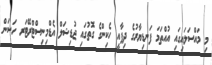
މި މައްސަލައިގައި އުއްތަމަ ފަނޑިޔާރުގެ ދިފާއީ ހެކިންގެ ގޮތުގައި ޖުޑިޝަލް އެޑްމިނިސްޓްރޭޓަރ ހަސަން